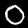
Digit: 0